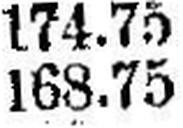
168.75